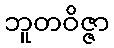
ဘူတဝိဇ္ဇာ